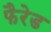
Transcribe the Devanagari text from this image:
फैरेड